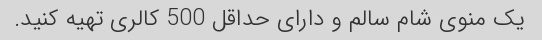
یک منوی شام سالم و دارای حداقل 500 کالری تهیه کنید.